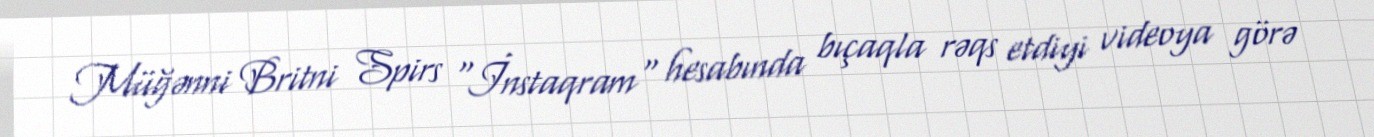
Müğənni Britni Spirs "İnstaqram" hesabında bıçaqla rəqs etdiyi videoya görə